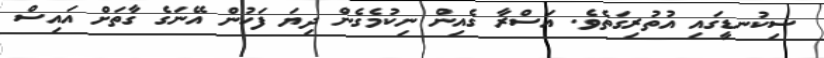
ސިކުނޑީގައި އުތުރިގަތެވެ. އަސްރާ ގެއިން ނިކުމެގެން ދިޔަ ފަހުން އޭނަގެ ގާތަށް އައިސް